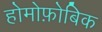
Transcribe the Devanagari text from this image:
होमोफ़ोबिक